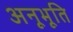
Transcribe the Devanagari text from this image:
अनूभूति